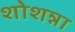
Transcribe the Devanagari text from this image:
शोशन्ना